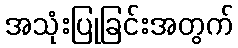
အသုံးပြုခြင်းအတွက်